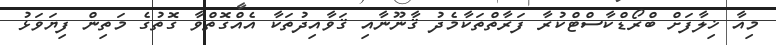
މިއާ ޚިލާފަށް ބްރޯޑްކާސްޓްކުރާ ފަރާތްތަކާމެދު ޤާނޫނާއި ޤަވާއިދުތަކާ އެއްގޮތްވާ ގޮތުގެ މަތިން ފިޔަވަޅު